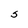
Character: s